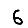
Digit: 6